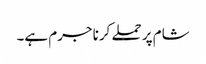
شام پر حملے کرنا جرم ہے۔